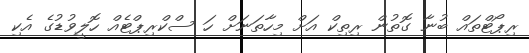
ރިޕޯޓްތައް ބުނާ ގޮތުން ރިތިކް އަށް މިހާތަނަށް ހަ ސްކްރިޕްޓެއް ހޮލީވުޑުގެ އެކި